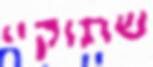
שתוקיי